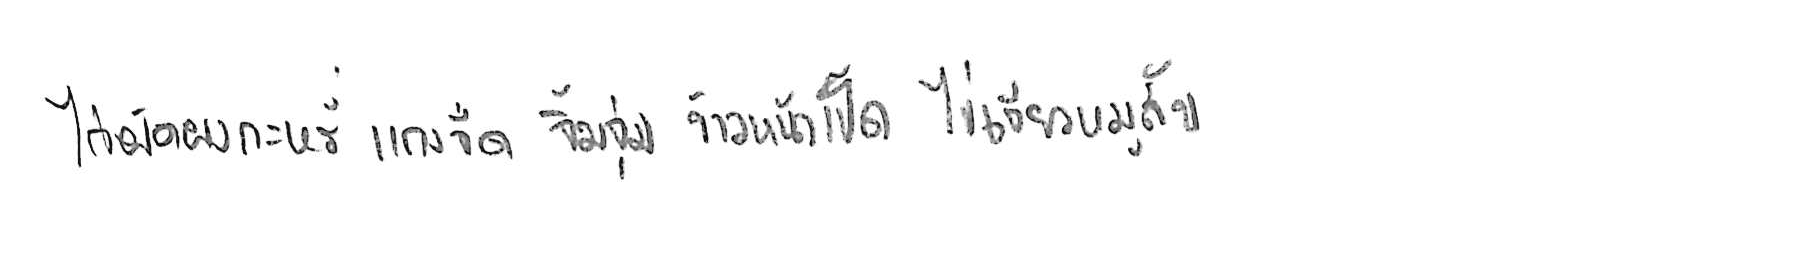
ไก่ผัดผงกะหรี่ แกงจืด จิ้มจุ่ม ข้าวหน้าเป็ด ไข่เจียวหมูสับ